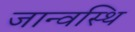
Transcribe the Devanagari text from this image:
जान्वस्थि